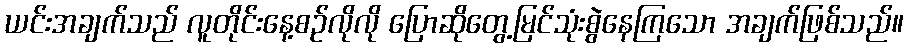
ယင်းအချက်သည် လူတိုင်းနေ့စဉ်လိုလို ပြောဆိုတွေ့မြင်သုံးစွဲနေကြသော အချက်ဖြစ်သည်။